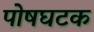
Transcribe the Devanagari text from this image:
पोषघटक